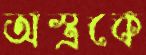
অস্ত্রকে